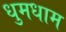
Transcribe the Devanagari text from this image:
धुमधाम